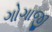
ગોગાજી